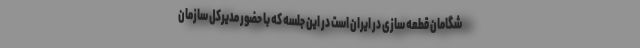
شگامان قطعه سازی در ایران است در این جلسه که با حضور مدیرکل سازمان